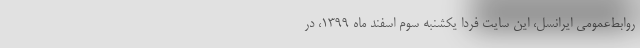
روابط‌عمومی ایرانسل، این سایت فردا یکشنبه سوم اسفند ماه ۱۳۹۹، در